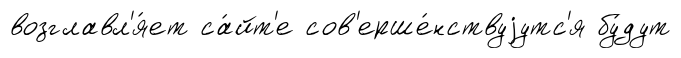
возглавл'я́ет са́йт'е сов'ерше́нствуjутс'я бу́дут